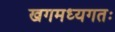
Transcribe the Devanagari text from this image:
खगमध्यगतः